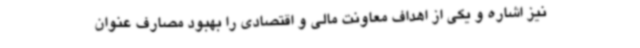
نیز اشاره و یکی از اهداف معاونت مالی و اقتصادی را بهبود مصارف عنوان